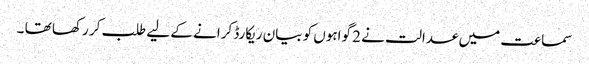
سماعت میں عدالت نے 2 گواہوں کو بیان ریکارڈ کرانے کے لیے طلب کر رکھا تھا ۔